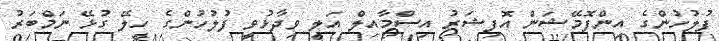
ފުލުހުންގެ އިންފޮމޭޝަން އޮފިޝަރު އިސްމާއިލް އަލީ ވިދާޅުވީ ފުލުހުންގެ ހިލޭ ގުޅޭ ނަމްބަރު